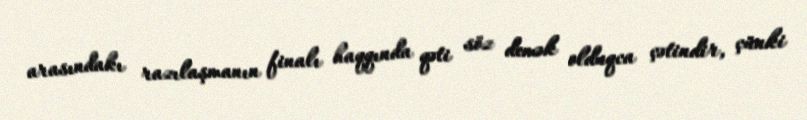
arasındakı razılaşmanın finalı haqqında qəti söz demək olduqca çətindir, çünki